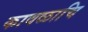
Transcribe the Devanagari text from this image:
कावळाचि